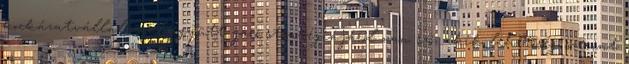
kockázatvállalással együtt járó stratégiájáról van szó, akik lehetőség szerint